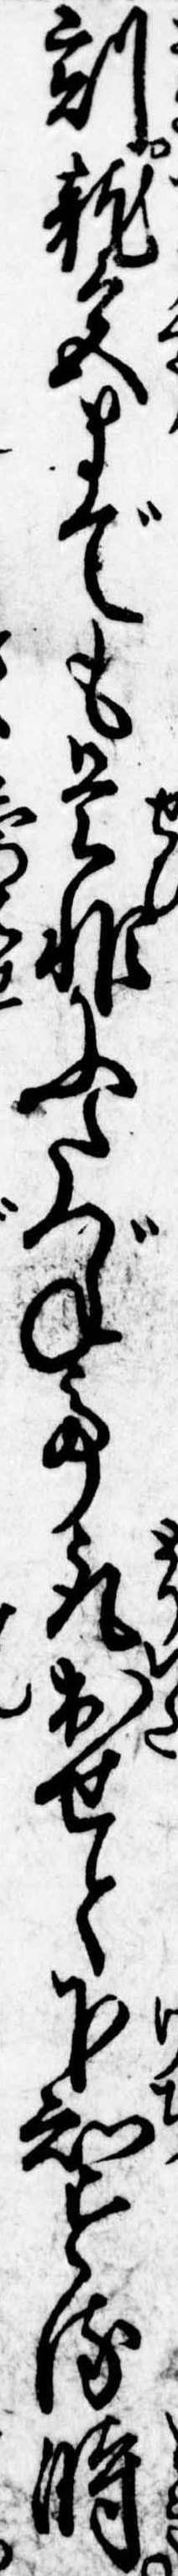
割竜宮までも是非にたづねて取出せと下知する時